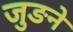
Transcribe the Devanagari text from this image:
जुङने